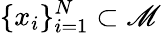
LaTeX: \{ x_{i}\} _{i=1}^{N}\subset\mathscr{M}